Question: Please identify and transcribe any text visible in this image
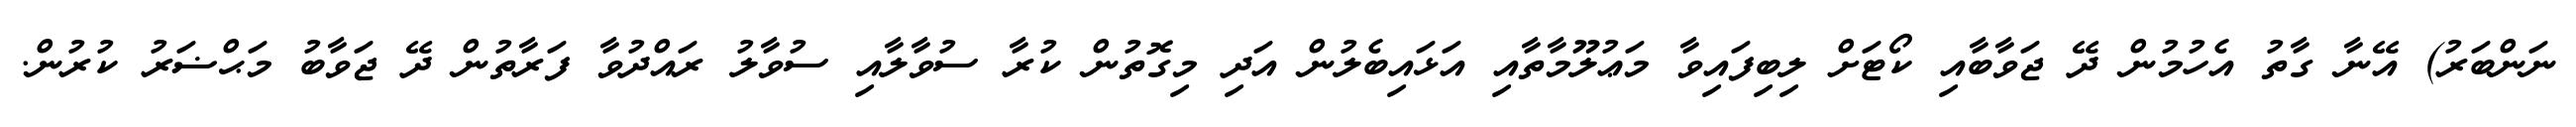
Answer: ނަންބަރު) އޭނާ ގާތު އެހުމުން ދޭ ޖަވާބާއި ކޯޓަށް ލިބިފައިވާ މަޢުލޫމާތާއި އަޅައިބެލުން އަދި މިގޮތުން ކުރާ ސުވާލާއި ސުވާލު ރައްދުވާ ފަރާތުން ދޭ ޖަވާބު މަޙްޟަރު ކުރުން.